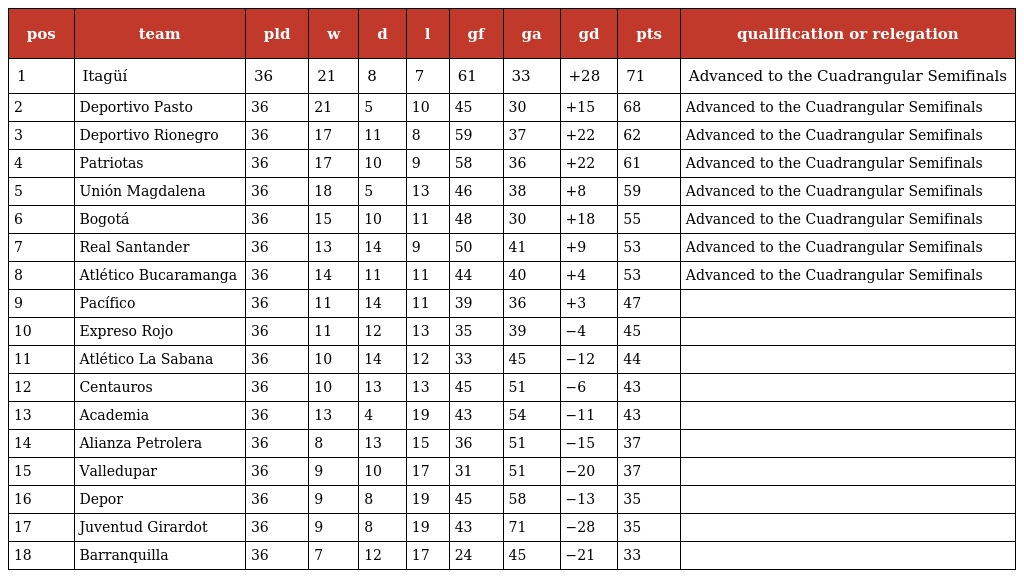
| pos | team | pld | w | d | l | gf | ga | gd | pts | qualification or relegation |
 | --- | --- | --- | --- | --- | --- | --- | --- | --- | --- | --- |
 | 1 | Itagüí | 36 | 21 | 8 | 7 | 61 | 33 | +28 | 71 | Advanced to the Cuadrangular Semifinals |
 | 2 | Deportivo Pasto | 36 | 21 | 5 | 10 | 45 | 30 | +15 | 68 | Advanced to the Cuadrangular Semifinals |
 | 3 | Deportivo Rionegro | 36 | 17 | 11 | 8 | 59 | 37 | +22 | 62 | Advanced to the Cuadrangular Semifinals |
 | 4 | Patriotas | 36 | 17 | 10 | 9 | 58 | 36 | +22 | 61 | Advanced to the Cuadrangular Semifinals |
 | 5 | Unión Magdalena | 36 | 18 | 5 | 13 | 46 | 38 | +8 | 59 | Advanced to the Cuadrangular Semifinals |
 | 6 | Bogotá | 36 | 15 | 10 | 11 | 48 | 30 | +18 | 55 | Advanced to the Cuadrangular Semifinals |
 | 7 | Real Santander | 36 | 13 | 14 | 9 | 50 | 41 | +9 | 53 | Advanced to the Cuadrangular Semifinals |
 | 8 | Atlético Bucaramanga | 36 | 14 | 11 | 11 | 44 | 40 | +4 | 53 | Advanced to the Cuadrangular Semifinals |
 | 9 | Pacífico | 36 | 11 | 14 | 11 | 39 | 36 | +3 | 47 |  |
 | 10 | Expreso Rojo | 36 | 11 | 12 | 13 | 35 | 39 | −4 | 45 |  |
 | 11 | Atlético La Sabana | 36 | 10 | 14 | 12 | 33 | 45 | −12 | 44 |  |
 | 12 | Centauros | 36 | 10 | 13 | 13 | 45 | 51 | −6 | 43 |  |
 | 13 | Academia | 36 | 13 | 4 | 19 | 43 | 54 | −11 | 43 |  |
 | 14 | Alianza Petrolera | 36 | 8 | 13 | 15 | 36 | 51 | −15 | 37 |  |
 | 15 | Valledupar | 36 | 9 | 10 | 17 | 31 | 51 | −20 | 37 |  |
 | 16 | Depor | 36 | 9 | 8 | 19 | 45 | 58 | −13 | 35 |  |
 | 17 | Juventud Girardot | 36 | 9 | 8 | 19 | 43 | 71 | −28 | 35 |  |
 | 18 | Barranquilla | 36 | 7 | 12 | 17 | 24 | 45 | −21 | 33 |  |